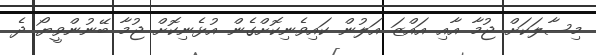
މިސާލަކަށް ޖުމާ އާއި އައްޒަ އަލުން ކައިވެނިކޮށްގެން އުޅެނިކޮށް ޖުމާ ބޭނުންވީޔޯ ދެ